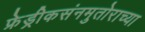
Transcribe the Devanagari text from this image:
फ्रेड्रीकसंनमुतोराच्या